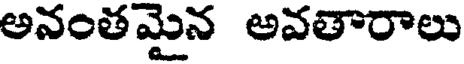
అనంతమైన అవతారాలు